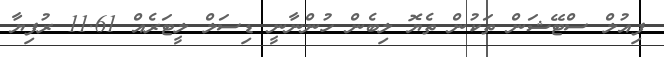
ފިއުލް ސްޓޭޝަން ތަކުން ތެޔޮ ލިބެން ހުންނާނީ ޑިސަލް ލީޓަރެއް 11.61 ރުފިޔާ